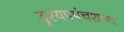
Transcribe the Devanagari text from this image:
दृश्यप्रपंचशास्त्र